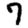
Digit: 7